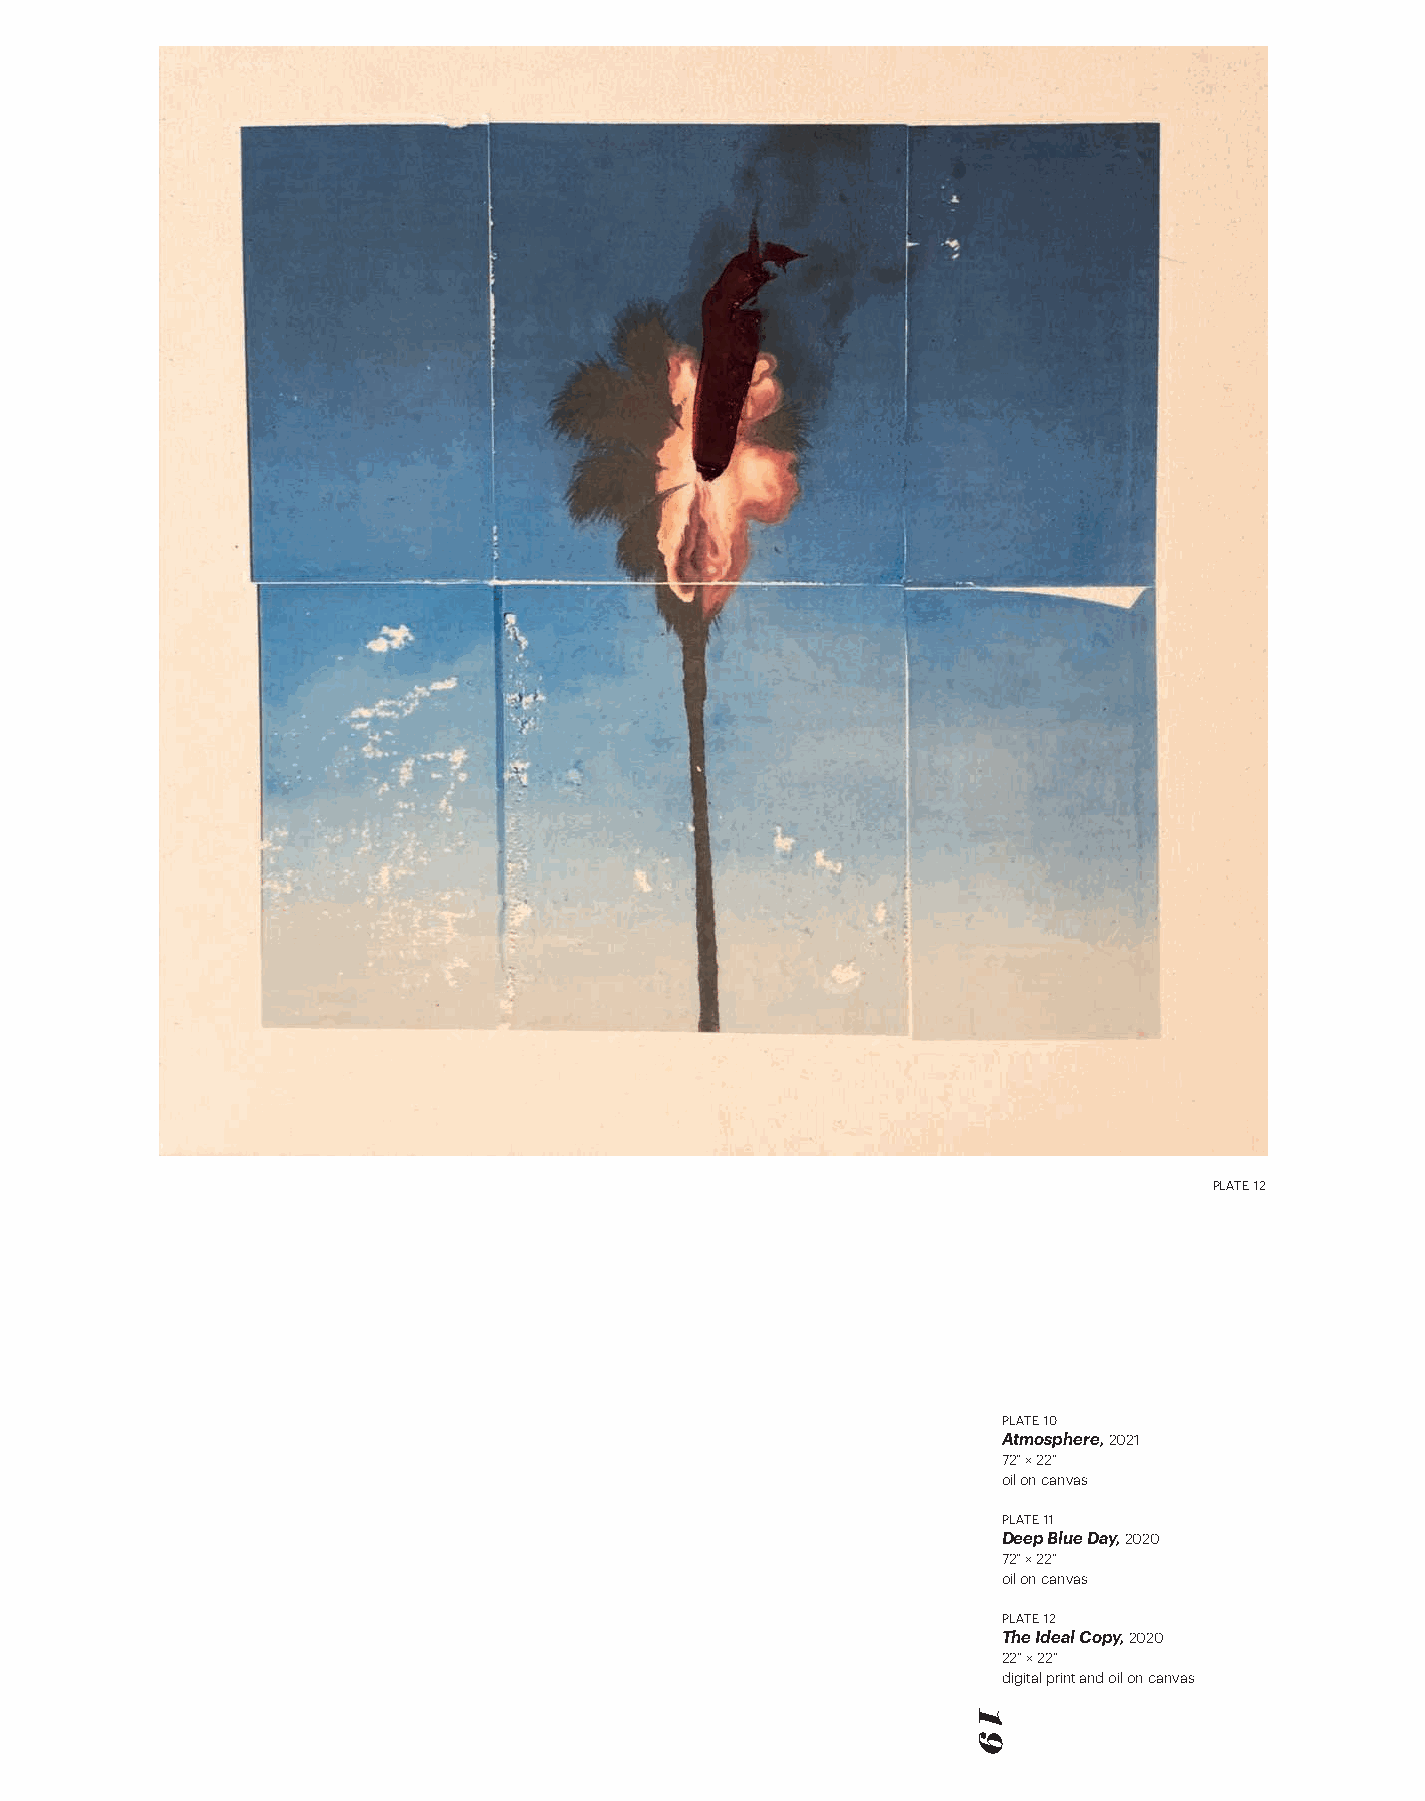
PLATE 12
 PLATE 10
 Atmosphere, 2021
 72” × 22”
 oil on canvas
 PLATE 11
 Deep Blue Day, 2020
 72” × 22”
 oil on canvas
 PLATE 12
 The Ideal Copy, 2020
 22” × 22”
 digital print and oil on canvas
 19